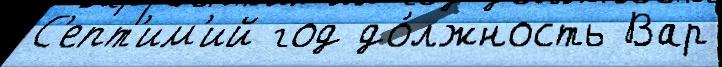
С'епт'им'ий год до́лжность Вар